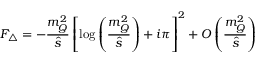
F _ { \triangle } = - \frac { m _ { Q } ^ { 2 } } { \hat { s } } \left[ \log \left( \frac { m _ { Q } ^ { 2 } } { \hat { s } } \right) + i \pi \right] ^ { 2 } + { \cal O } \left( \frac { m _ { Q } ^ { 2 } } { \hat { s } } \right)